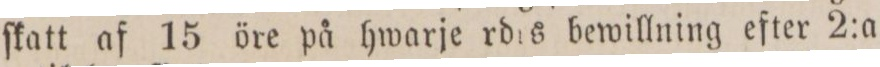
ſkatt af 15 öre på hwarje rd:s bewillning efter 2:a